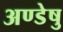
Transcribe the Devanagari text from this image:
अण्डेषु